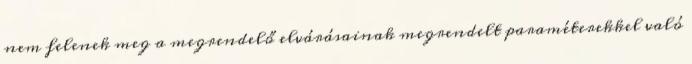
nem felenek meg a megrendelő elvárásainak megrendelt paraméterekkel való